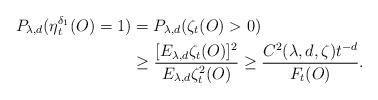
LaTeX: \begin{align*}P_{\lambda,d}(\eta_{t}^{\delta_1}(O)=1)&=P_{\lambda,d}(\zeta_t(O)>0)\\&\geq\frac{[E_{\lambda,d}\zeta_t(O)]^2}{E_{\lambda,d}\zeta_t^2(O)}\geq\frac{C^2(\lambda,d,\zeta)t^{-d}}{F_t(O)}.\end{align*}